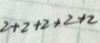
2 + 2 + 2 + 2 + 2